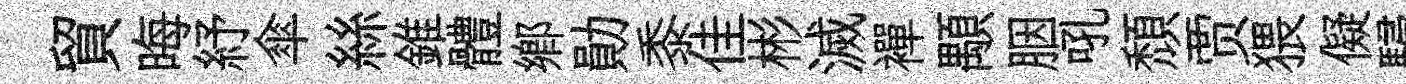
貿晦紓傘絲錐體鄉勛黍佳彬滅襌顒胭吼頹贾猥儗駸